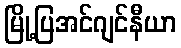
မြို့ပြအင်ဂျင်နီယာ